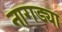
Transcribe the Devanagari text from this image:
नागड्या